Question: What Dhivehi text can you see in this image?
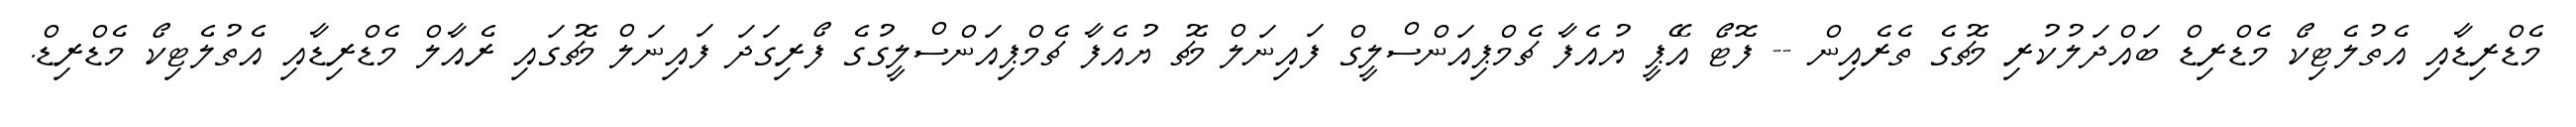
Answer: މެޑްރިޑާއި އެތުލެޓިކޯ މެޑްރިޑް ބައްދަލުކުރި މެޗުގެ ތެރެއިން -- ފޮޓޯ އޭޕީ ޔުއެފާ ޗެމްޕިއަންސްލީގް ފައިނަލް މެޗު ޔުއެފާ ޗެމްޕިއަންސްލީގުގެ ފޯރިގަދަ ފައިނަލް މެޗުގައި ރެއާލް މެޑްރިޑާއި އެތުލެޓިކޯ މެޑްރިޑް.